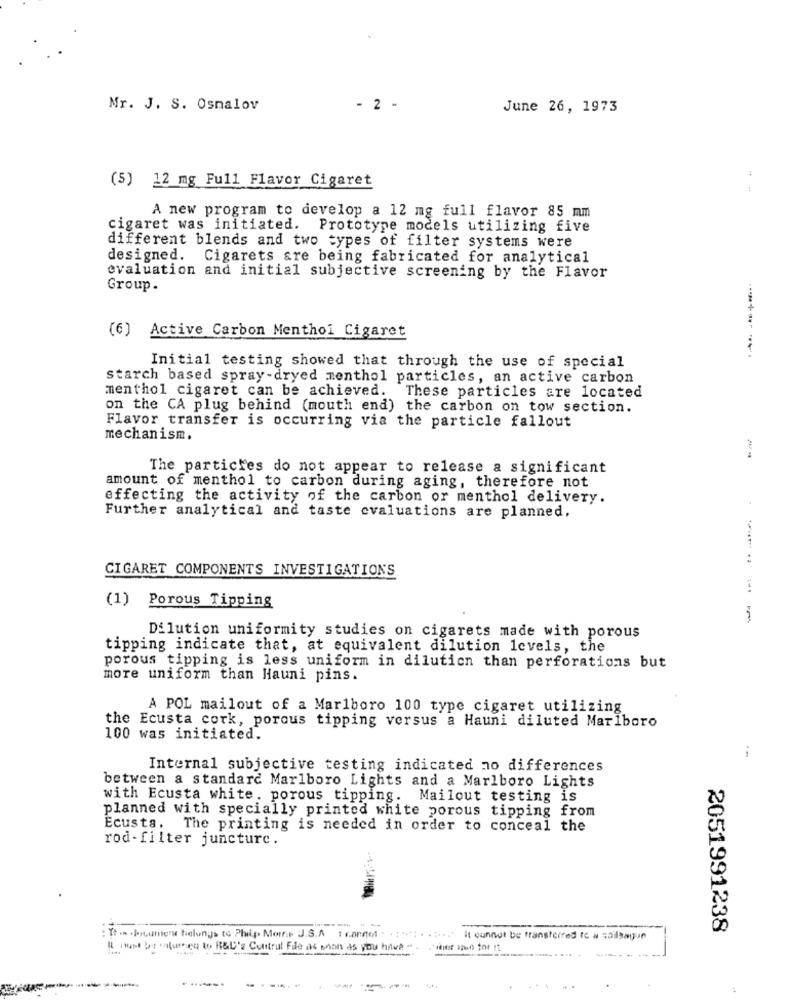
Mr. J. S. Osmalov
- 2 -
June 26, 1973
..
(5) 12 mg Full Flavor Cigaret
A new program to develop a 12 mg full flavor 85 mm
cigaret was initiated. Prototype models utilizing five
different blends and two types of filter systems were
designed. Cigarets are being fabricated for analytical
evaluation and initial subjective screening by the Flavor
Group.
[6] Active Carbon Menthol Cigaret
Initial testing showed that through the use of special
starch based spray-dryed menthol particles, an active carbon
menthol cigaret can be achieved. These particles are located
on the CA plug behind (mouth end) the carbon on tow section.
Flavor transfer is occurring via the particle fallout
mechanism.
The particles do not appear to release a significant
amount of menthol to carbon during aging, therefore not
effecting the activity of the carbon or menthol delivery.
Further analytical and taste evaluations are planned.
CIGARET COMPONENTS INVESTIGATIONS
(1) Porous Tipping
Dilution uniformity studies on cigarets made with porous
tipping indicate that, at equivalent dilution levels, the
porous tipping is less uniform in dilution than perforations but
more uniform than Hauni pins.
A POL mailout of a Marlboro 100 type cigaret utilizing
the Ecusta cork, porous tipping versus a Hauni diluted Marlboro
100 was initiated.
i
Internal subjective testing indicated no differences
between a standard Marlboro Lights and a Marlboro Lights
with Ecusta white. porous tipping. Mailout testing is
planned with specially printed white porous tipping from
Ecusta. The printing is needed in order to conceal the
rod-filter juncture.
2051991238
: It . . hercuresw helungs to Phip Mort J.S.A 1 connot
... " it ounnut be transferred to & soilsauve
It must be caturen to R&D's Control File as soon as you have "